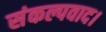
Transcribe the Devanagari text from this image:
संकल्पवाद।